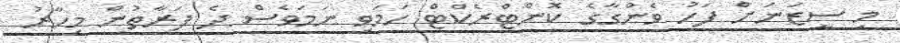
މި ސީޒަނަށް ފަހު ވެންގާގެ ކޮންޓްރެކްޓް ހަމަވި ނަމަވެސް ދެ ފަރާތުން މިހާރު